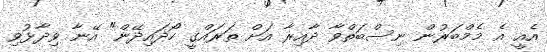
އެއީ އެ މެމްބަރުން ނިސްބަތްވާ ދާއިރާ އަށް ތަރައްގީ ހޯދައިދޭން" އޭނާ ވިދާޅުވި